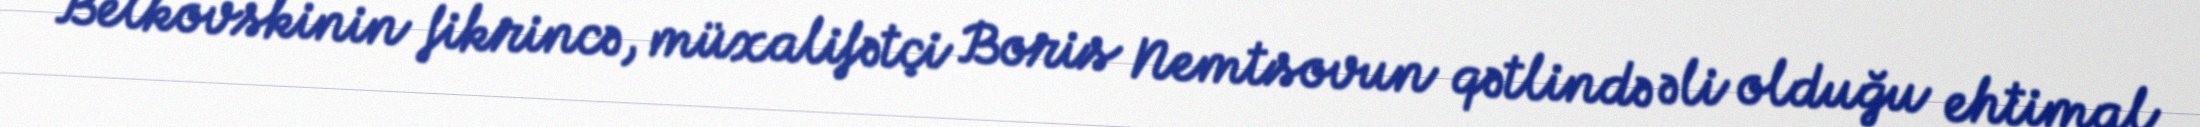
Belkovskinin fikrincə, müxalifətçi Boris Nemtsovun qətlində əli olduğu ehtimal